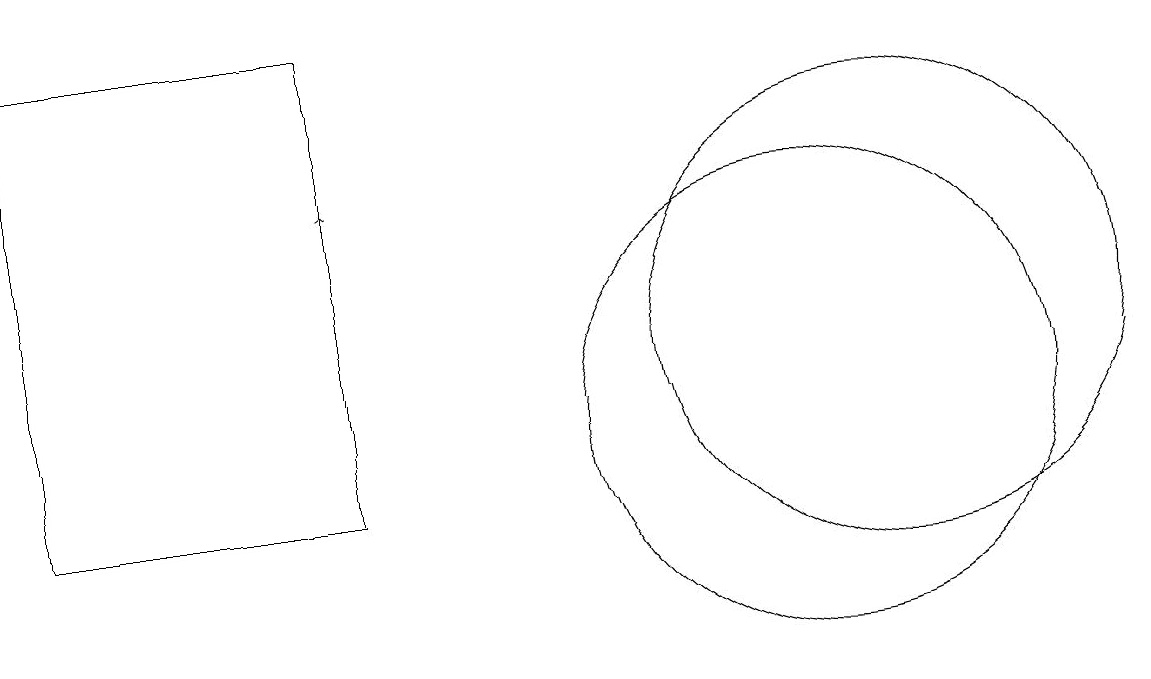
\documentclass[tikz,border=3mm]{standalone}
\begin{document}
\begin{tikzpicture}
\draw (11,12) circle (3);
\draw[->] (4,10) -- (4,14);
\draw (10,11) circle (3);
\draw (4,10) rectangle (0,16);
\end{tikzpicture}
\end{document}